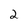
Character: 2